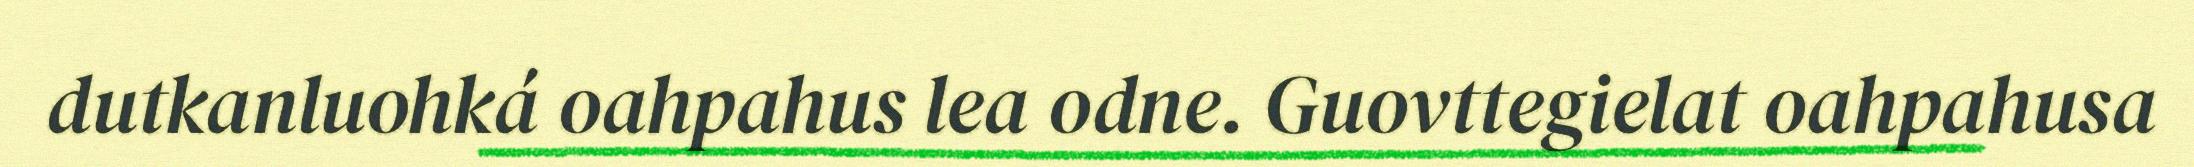
dutkanluohká oahpahus lea odne. Guovttegielat oahpahusa